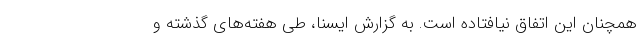
همچنان این اتفاق نیافتاده است. به گزارش ایسنا، طی هفته‌های گذشته و